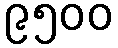
၉၅၀၀